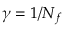
\gamma = 1 / N _ { f }